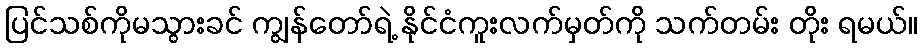
ပြင်သစ်ကိုမသွားခင် ကျွန်တော်ရဲ့ နိုင်ငံကူးလက်မှတ်ကို သက်တမ်း တိုး ရမယ်။